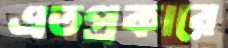
এতপ্রকারে